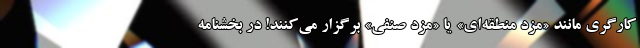
کارگری مانند «مزد منطقه‌ای» یا «مزد صنفی» برگزار می‌کنند! در بخشنامه